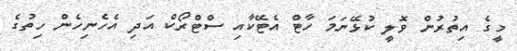
މީގެ އިތުރުން ވޮލީ ކުޅޭނަމަ ހާޓް އެޓޭކާއި ސްޓްރޯކް އަދި އެހެނިހެން ހިތުގެ